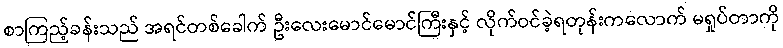
စာကြည့်ခန်းသည် အရင်တစ်ခေါက် ဦးလေးမောင်မောင်ကြီးနှင့် လိုက်ဝင်ခဲ့ရတုန်းကလောက် မရှုပ်တာကို